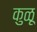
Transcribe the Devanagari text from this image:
कुळू